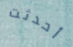
أحدثت